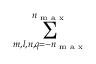
\sum _ { m , l , n , q = - n _ { \textrm { m a x } } } ^ { n _ { \textrm { m a x } } }